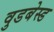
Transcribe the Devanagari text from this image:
वुडबेस्ड